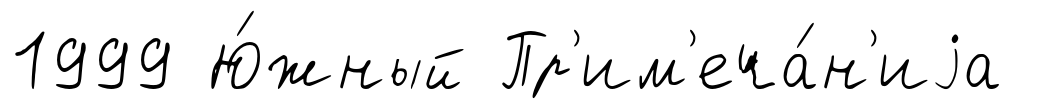
1999 Ю́жный Пр'им'еча́н'иjа